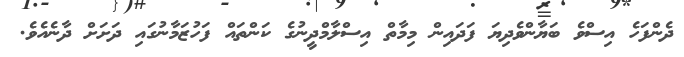
ދެންފަހެ އިސްވެ ބަޔާންވެދިޔަ ފަދައިން މިމާތް އިސްލާމްދީނުގެ ކަންތައް ފަހުޒަމާނުގައި ދަށަށް ދާނެއެވެ.